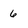
Character: 6